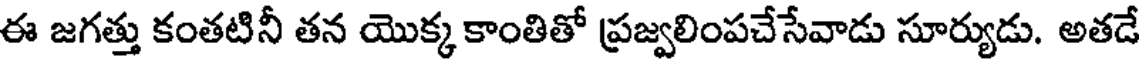
ఈ జగత్తు కంతటినీ తన యొక్క కాంతితో ప్రజ్వలింపచేసేవాడు సూర్యుడు. అతడే